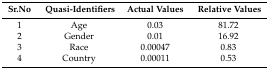
<table><thead><tr><td><b>Sr.No</b></td><td><b>Quasi-Identifiers</b></td><td><b>Actual Values</b></td><td><b>Relative Values</b></td></tr></thead><tbody><tr><td>1</td><td>Age</td><td>0.03</td><td>81.72</td></tr><tr><td>2</td><td>Gender</td><td>0.01</td><td>16.92</td></tr><tr><td>3</td><td>Race</td><td>0.00047</td><td>0.83</td></tr><tr><td>4</td><td>Country</td><td>0.00011</td><td>0.53</td></tr></tbody></table>